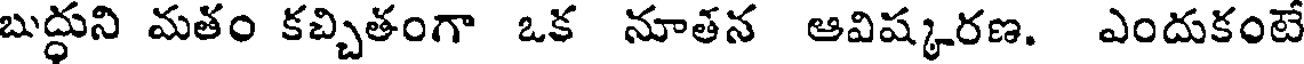
బుద్ధుని మతం కచ్చితంగా ఒక నూతన ఆవిష్కరణ. ఎందుకంటే